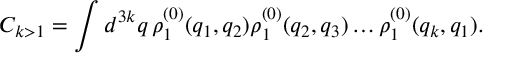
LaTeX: C _ { k > 1 } = \int d ^ { 3 k } q \, \rho _ { 1 } ^ { ( 0 ) } ( q _ { 1 } , q _ { 2 } ) \rho _ { 1 } ^ { ( 0 ) } ( q _ { 2 } , q _ { 3 } ) \ldots \rho _ { 1 } ^ { ( 0 ) } ( q _ { k } , q _ { 1 } ) .